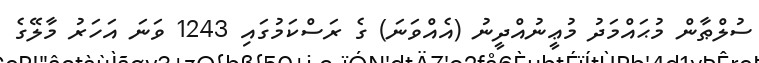
ސުލްޠާން މުޙައްމަދު މުޢީނުއްދީނު (އެއްވަނަ) ގެ ރަސްކަމުގައި 1243 ވަނަ އަހަރު މާލޭގެ